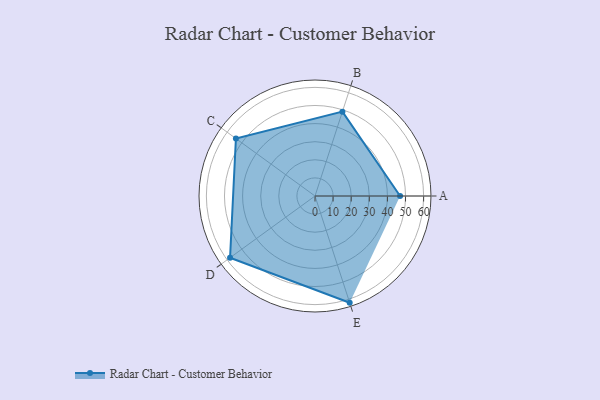
{"axis": {"x": "Skill", "y": "Score"}, "legend": ["Profile"], "data": [{"x": "A", "y": 47.0, "type": "Profile"}, {"x": "B", "y": 49.0, "type": "Profile"}, {"x": "C", "y": 54.0, "type": "Profile"}, {"x": "D", "y": 58.0, "type": "Profile"}, {"x": "E", "y": 62.0, "type": "Profile"}]}